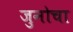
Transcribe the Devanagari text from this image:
जुनोचा